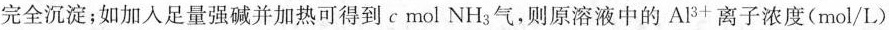
完全沉淀；如加入足量强碱并加热可得到c mol NH_{3}气，则原溶液中的Al^{3+}离子浓度(mol/L)